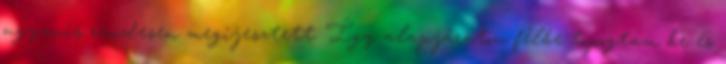
ugyanis rendesen megijesztett. Így alapjáraton félbe topogtam be és